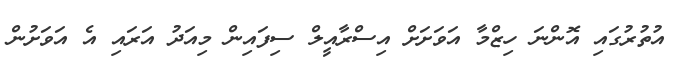
އުތުރުގައި އޮންނަ ހިޒްމާ އަވަށަށް އިސްރާއީލް ސިފައިން މިއަދު އަރައި އެ އަވަށުން